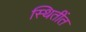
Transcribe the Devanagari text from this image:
स्थितींत